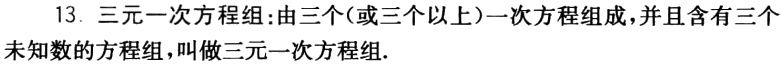
13. 三元一次方程组：由三个(或三个以上)一次方程组成，并且含有三个未知数的方程组，叫做三元一次方程组.